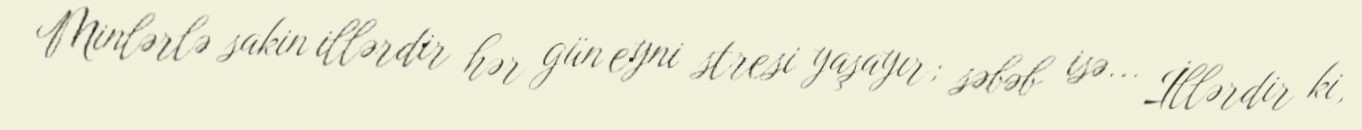
Minlərlə sakin illərdir hər gün eyni stresi yaşayır; səbəb isə... İllərdir ki,